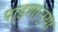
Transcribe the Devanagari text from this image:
पाडणाऱ्र्‍या